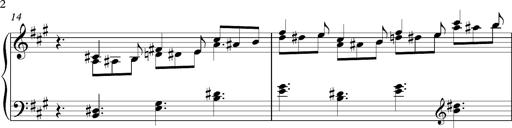
Title: PensÃ©es (Nocturne)
Composer: Franz Liszt
Key: A major